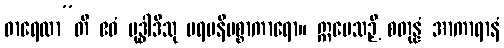
ဓာရေထာ”တိ ဧဝံ ဗုဒ္ဓါဒီသု ပရမနိပစ္စာကာရော။ ဣမေသဉှိ စတုန္နံ အာကာရာနံ